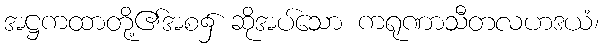
အဋ္ဌကထာတို့၏အစ၌ ဆိုအပ်သော ကရုဏာသီတလဟဒယံ၊